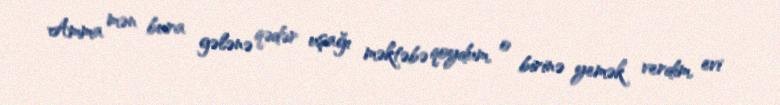
Amma mən bura gələnə qədər uşağı məktəbə qoydum, o birinə yemək verdim, evi